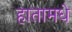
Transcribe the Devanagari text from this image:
हातामधे